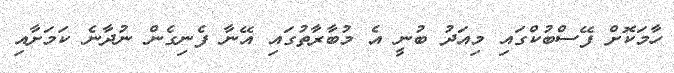
ހާމަކޮށް ފޭސްބުކްގައި މިއަދު ބުނީ އެ މުބާރާތުގައި އޭނާ ފެނިގެން ނުދާނެ ކަމަށާއި